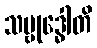
သမ္ဗုဒ္ဓေါတိ